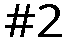
#2